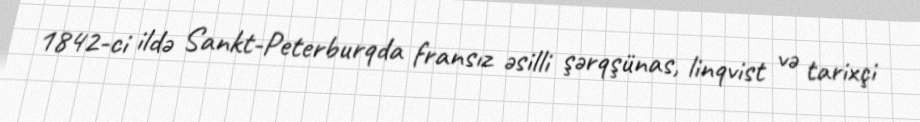
1842-ci ildə Sankt-Peterburqda fransız əsilli şərqşünas, linqvist və tarixçi